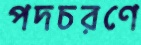
পদচরণে